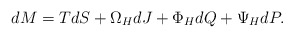
\begin{align*}dM = TdS + \Omega_HdJ + \Phi_HdQ + \Psi_HdP.\end{align*}